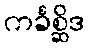
ကင်္ခစ္ဆိဒ